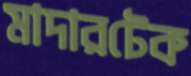
মাদারটেক